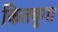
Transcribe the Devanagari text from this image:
कितबुगा